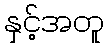
နှင့်အတူ